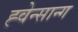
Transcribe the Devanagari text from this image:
ह्वेन्सान्ग